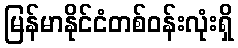
မြန်မာနိုင်ငံတစ်ဝန်းလုံးရှိ